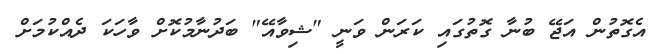
އެގޮތުން އަޖޭ ބުނާ ގޮތުގައި ކަރަން ވަނީ "ޝިވާއޭ" ބަދުނާމުކޮށް ވާހަކަ ދެއްކުމަށް